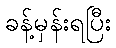
ခန့်မှန်းရပြီး